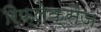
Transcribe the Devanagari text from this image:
रिफ्लेक्सेज